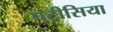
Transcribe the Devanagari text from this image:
पट्रीसिया